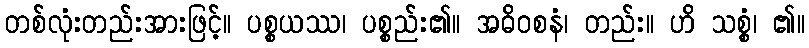
တစ်လုံးတည်းအားဖြင့်။ ပစ္စယဿ၊ ပစ္စည်း၏။ အဓိဝစနံ၊ တည်း။ ဟိ သစ္စံ၊ ၏။